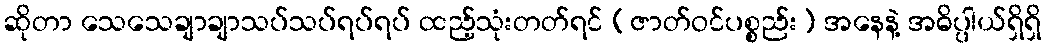
ဆိုတာ သေသေချာချာသပ်သပ်ရပ်ရပ် ထည့်သုံးတတ်ရင် (ဇာတ်ဝင်ပစ္စည်း) အနေနဲ့ အဓိပ္ပါယ်ရှိရှိ